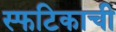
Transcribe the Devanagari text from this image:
स्फटिकाची